Annual report on the lock hospitals of the Madras Presidency
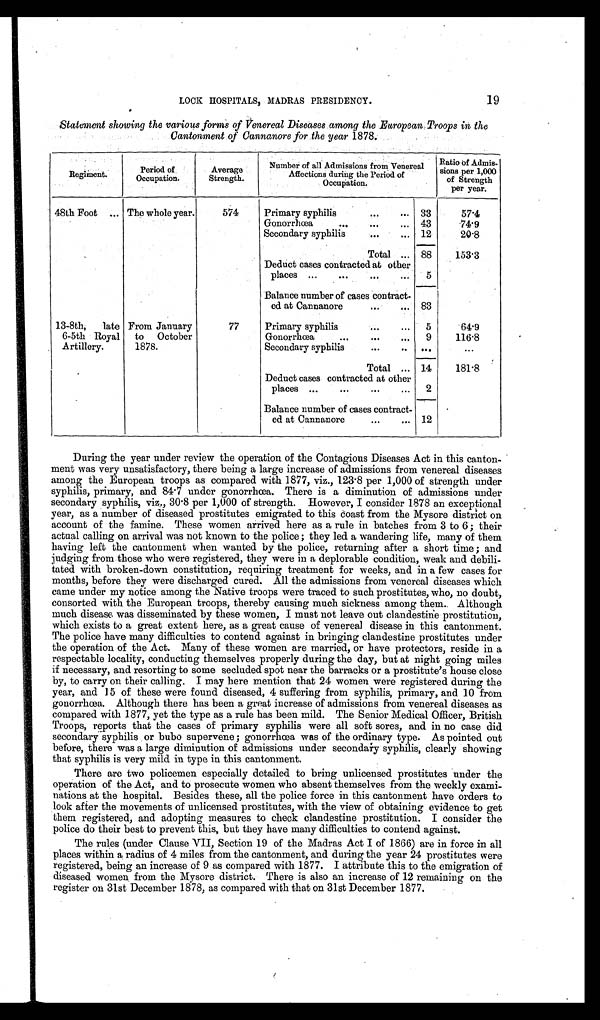
19
LOCK HOSPITALS, MADRAS PRESIDENCY.
Statement showing the various forms of Venereal Diseases among the European Troops in the
Cantonment of Cannanore for the year 1878.
Regiment.
Period of
Occupation.
Averag
e Strength.
Number of all Admissions from Venereal
Affections during the Period of
Occupation.
Ratio of Admis
sions per 1, 000
of Strength
per year.
48th Foot ... The whole year.
574
Primary syphilis
...
... 33
57·4
Gonorrhœa
...
...
... 43
74·9
Secondary syphilis
...
... 12
20·8
Total ... 88
153·3
Deduct cases contracted at other
places ...
...
...
...
5
Balance number of cases contract
ed at Cannanore
...
... 83
13-8th, late
6-5th Royal
Artillery.
From January
to October
1878.
77
Primary syphilis
...
...
5
64·9
Gonorrhœa
...
...
...
9
116·8
Secondary syphilis
...
. . .
. . .
Total ... 14
181·8
Deduct cases contracted at other
places ...
...
...
...
2
Balance number of cases contract
ed at Cannanore
...
... 12
During the year under review the operation of the Contagious Diseases Act in this canton-
ment was very unsatisfactory, there being a large increase of admissions from venereal diseases
among the European troops as compared with 1877, viz., 123·8 per 1,000 of strength under
syphilis, primary, and 84 . 7 under gonorrhœa. There is a diminution of admissions under
secondary syphilis, viz., 30 .8 per 1,000 of strength. However, I consider 1878 an exceptional
year, as a number of diseased prostitutes emigrated to this coast from the Mysore district on
account of the famine. These women arrived here as a rule in batches from 3 to 6; their
actual calling on arrival was not known to the police; they led a wandering life, many of them
having left the cantonment when wanted by the police, returning after a short time; and
judging from those who were registered, they were in a deplorable condition, weak and debili-
tated with broken-down constitution, requiring treatment for weeks, and in a few cases for
months, before they were discharged cured. All the admissions from venereal diseases which
came under my notice among the Native troops were traced to such prostitutes, who, no doubt,
consorted with the European troops, thereby causing much sickness among them. Although
much disease was disseminated by these women, I must not leave out clandestine prostitution,
which exists to a great extent here, as a great cause of venereal disease in this cantonment.
The police have many difficulties to contend against in bringing clandestine prostitutes under
the operation of the Act. Many of these women are married, or have protectors, reside in a
respectable locality, conducting themselves properly during the day, but at night going miles
if necessary, and resorting to some secluded spot near the barracks or a prostitute's house close
by, to carry on their calling. I may here mention that 24 women were registered during the
year, and 15 of these were found diseased, 4 suffering from syphilis, primary, and 10 from
gonorrhœa. Although there has been a great increase of admissions from venereal diseases as
compared with 1877, yet the type as a rule has been mild. The Senior Medical Officer, British
Troops, reports that the cases of primary syphilis were all soft sores, and in no case did
secondary syphilis or bubo supervene; gonorrhœa was of the ordinary type. As pointed out
before, there was a large diminution of admissions under secondary syphilis, clearly showing
that syphilis is very mild in type in this cantonment.
There are two policemen especially detailed to bring unlicensed prostitutes under the
operation of the Act, and to prosecute women who absent themselves from the weekly exami-
nations at the hospital. Besides these, all the police force in this cantonment have orders to
look after the movements of unlicensed prostitutes, with the view of obtaining evidence to get
them registered, and adopting measures to check clandestine prostitution. I consider the
police do their best to prevent this, but they have many difficulties to contend against.
The rules (under Clause VII, Section 19 of the Madras Act I of 1866) are in force in all
places within a radius of 4 miles from the cantonment, and during the year 24 prostitutes were
registered, being an increase of 9 as compared with 1877. I attribute this to the emigration of
diseased women from the Mysore district. There is also an increase of 12 remaining on the
register on 31st December 1878, as compared with that on 31st December 1877.